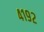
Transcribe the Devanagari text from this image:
४१९२